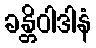
ခန္တိဝါဒါနံ